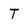
Character: T